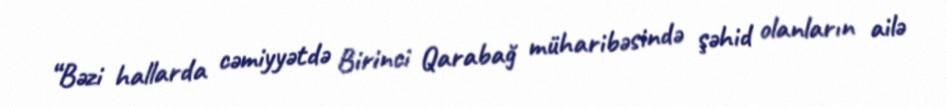
“Bəzi hallarda cəmiyyətdə Birinci Qarabağ müharibəsində şəhid olanların ailə